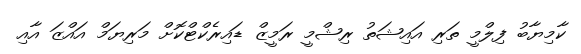
ކާމިޔާބު ފިލްމީ ތަރި އައިޝަތު ރިޝްމީ ރަމީޒް ޑައިރެކްޓްކޮށް މަރިޔަމް އައްޒަ އާއި